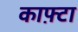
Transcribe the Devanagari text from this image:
काफ़्टा